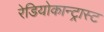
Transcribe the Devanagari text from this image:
रेडियोकान्ट्रास्ट